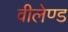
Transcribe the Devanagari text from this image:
वीलेण्ड